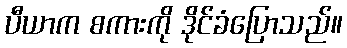
ပီယာက စကားကို ဒိုင်ခံပြောသည်။